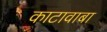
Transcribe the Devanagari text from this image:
काटावाबा